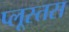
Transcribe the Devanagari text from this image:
प्लूस्तस